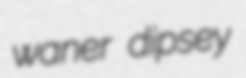
waner dipsey